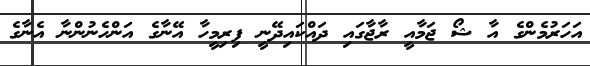
އަހަރުމެންގެ އާ ޝޯ ޖަމާއީ ރާޖާގައި ދައްކައިދޭނީ ފިރިމީހާ އޭނާގެ އަންހެނުންނާ އެނާގެ